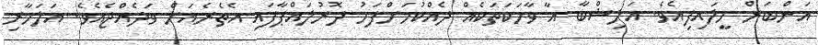
އަންބަރް ހީލައިފިއެވެ. އަލިޝްބާ އާ ވާހަކަތަކެއް ދެއްކުމަށްފަހު ދޮރުލައްޕާފައި އެތެރެއަށް ވަދެއްޖެއެވެ. އަލަމާރި